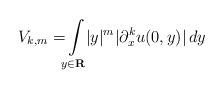
LaTeX: \begin{align*} V _ { k , m } = \! \! \int \limits _ { y \in \mathbf R } \! \! | y | ^ m | \partial ^ k _ x u ( 0 , y ) | \, d y\end{align*}